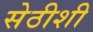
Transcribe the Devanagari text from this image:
सेठीशी